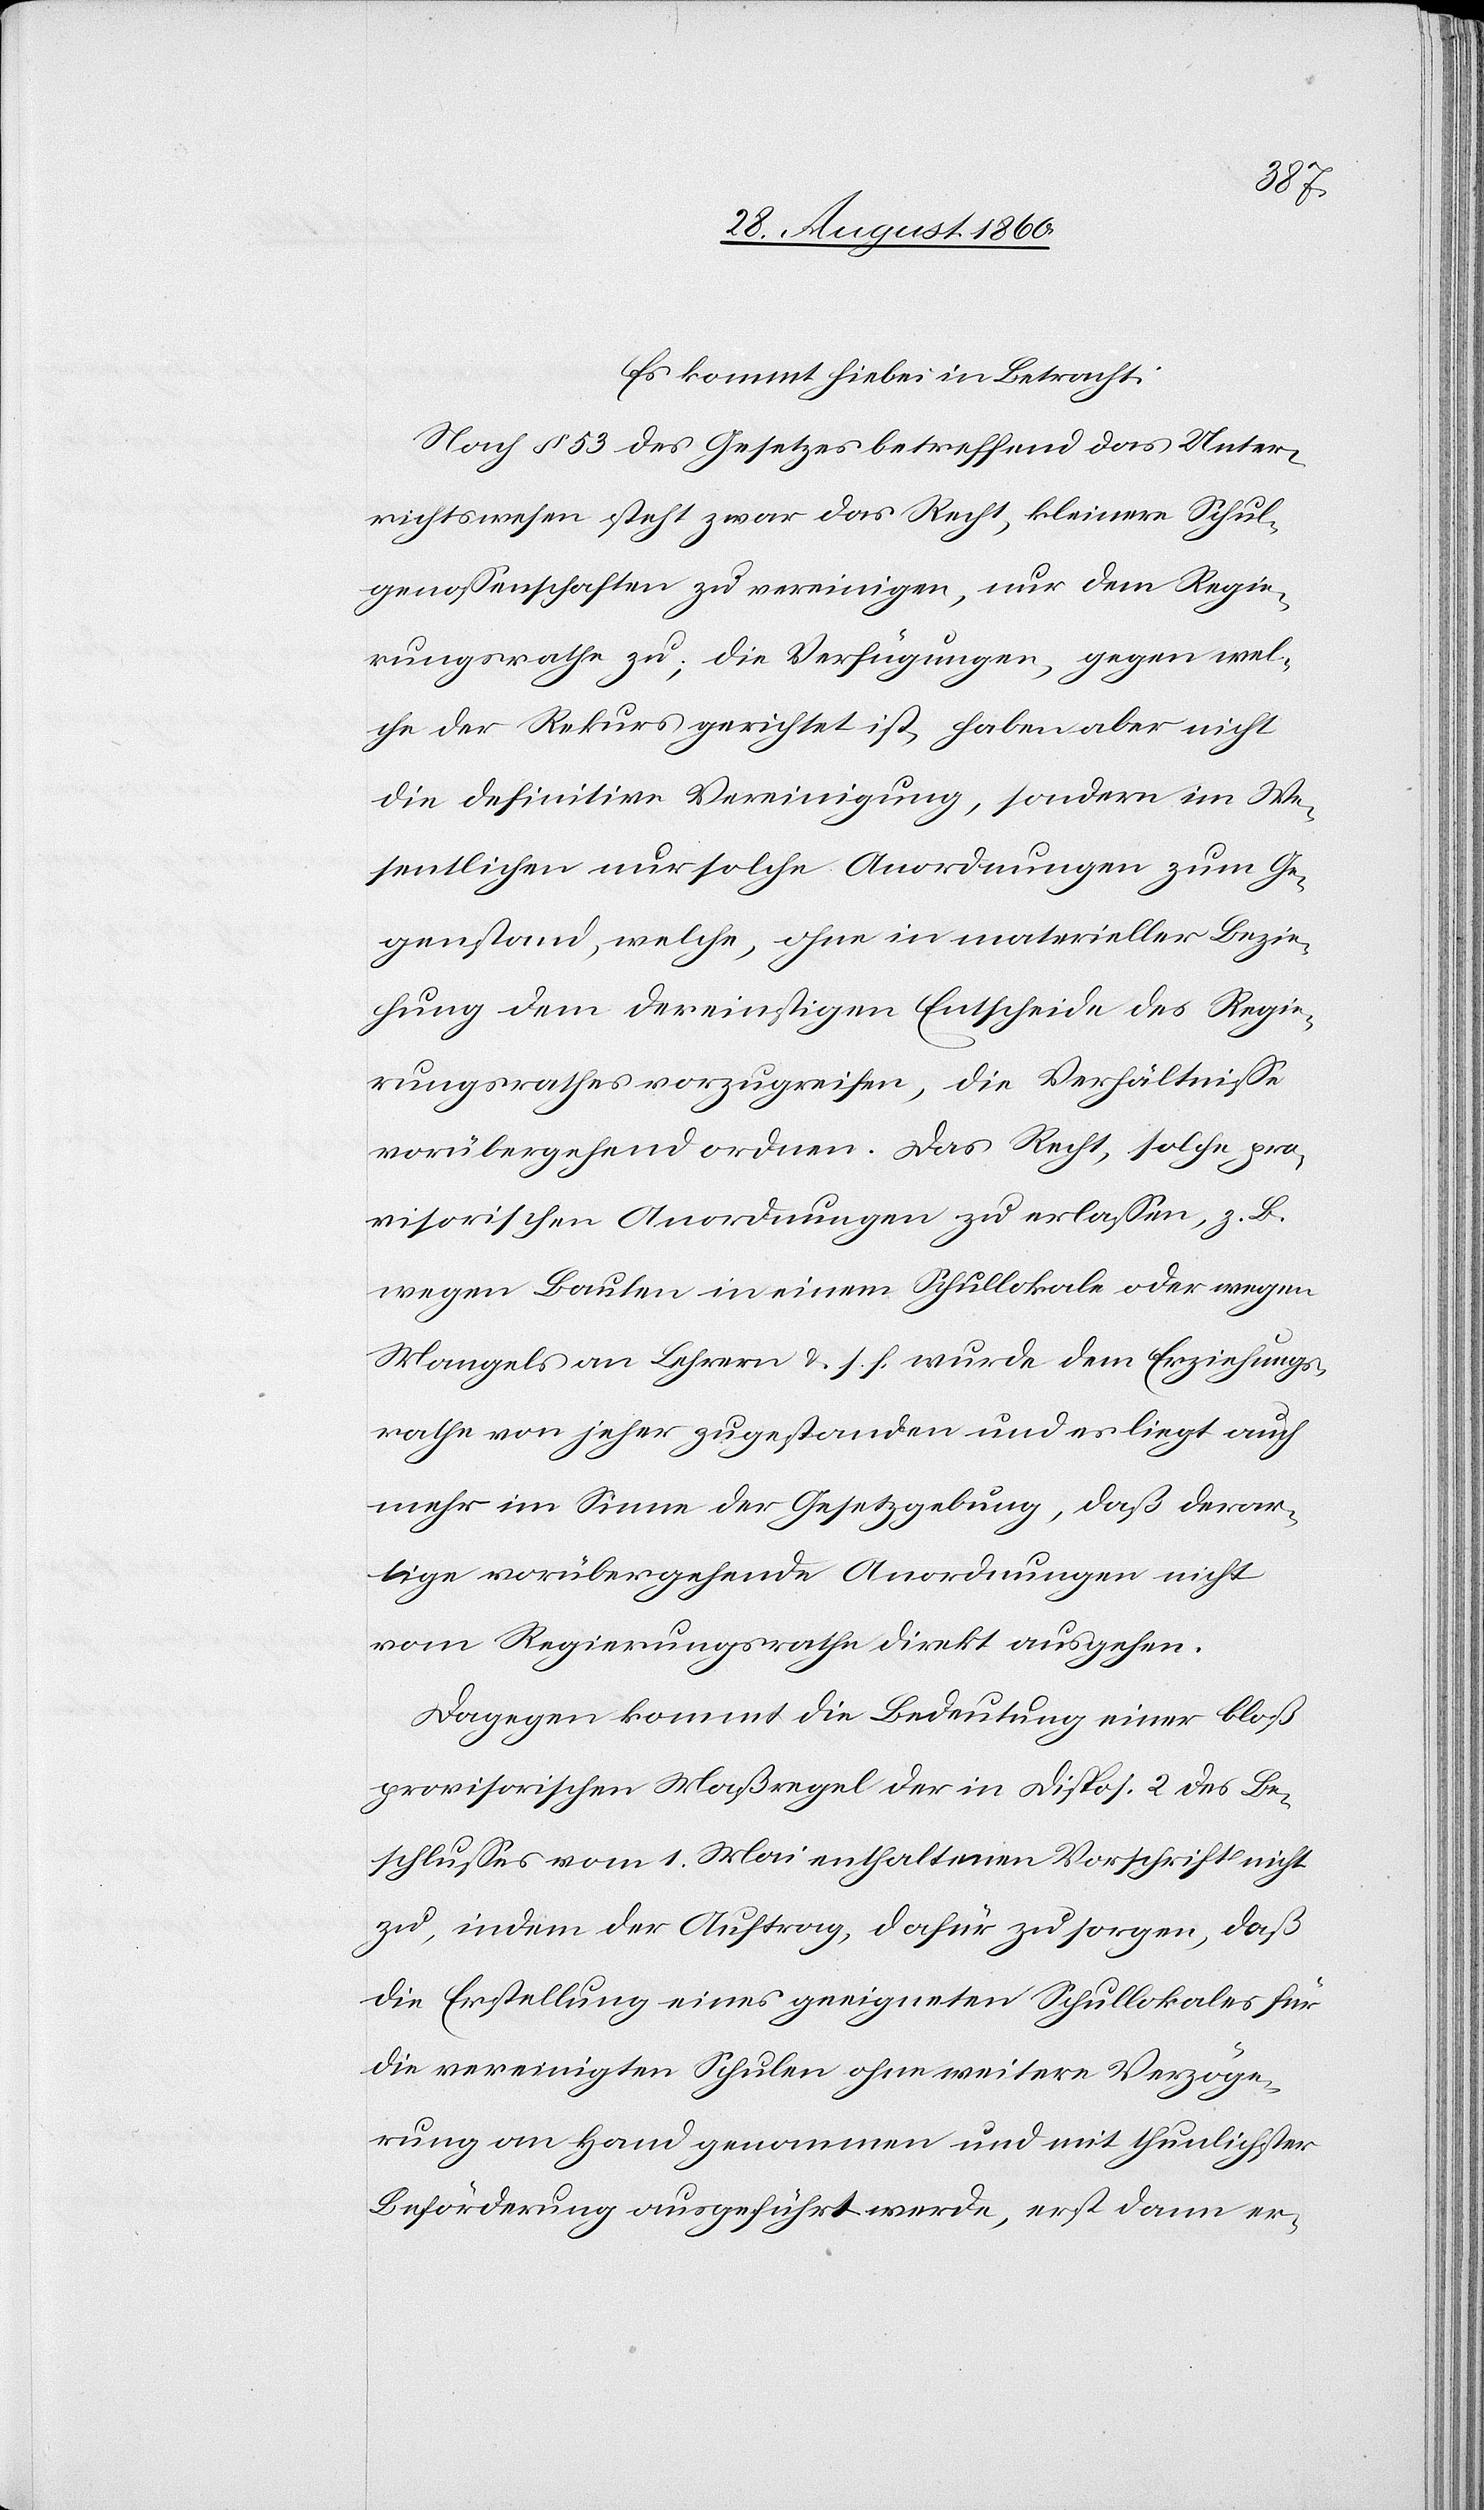
Es kömmt hiebei in Betracht:
Nach §. 53 des Gesetzes betreffend das Unter¬
richtswesen steht zwar das Recht, kleinere Schul¬
genossenschaften zu vereinigen, nur dem Regie¬
rungsrathe zu, die Verfügungen gegen wel¬
che der Rekurs gerichtet ist, haben aber nicht
die definitive Vereinigung, sondern im We¬
sentlichen nur solche Anordnungen zum Ge¬
genstand, welche, ohne in materieller Bezie¬
hung dem dereinstigen Entscheide des Regie¬
rungsrathes vorzugreifen, die Verhältnisse
vorübergehend ordnen. Das Recht, solche pro¬
visorischen Anordnungen zu erlassen z. b.
wegen Bauten in einem Schullokale oder wegen
Mangels an Lehrern u. s. f. wurde dem Erziehungs¬
rathe von jeher zugestanden u. es liegt auch
mehr im Sinne der Gesetzgebung, dass derar¬
tige vorübergehende Anordnungen nicht
vom Regierungsrathe direkt ausgehen.
Dagegen kommt die Bedeutung einer bloss
provisorischen Massregel in der Disp. 2 des Be¬
schlusses vom 1. Mai enthaltenen Vorschrift nicht
zu, indem der Auftrag, dafür zu sorgen, dass
die Erstellung eines geeigneten Schullokales für
die vereinigten Schulen ohne weitere Verzöge¬
rung an Hand genommen und mit thunlichster
Beförderung ausgeführt werde, erst dann er-